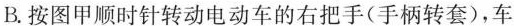
B.按图甲顺时针转动电动车的右把手(手柄转套)，车